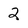
Character: 2